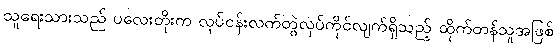
သူရေးသားသည် ပလေးတိုးက လုပ်ငန်းလက်တွဲလုပ်ကိုင်လျက်ရှိသည့် ထိုက်တန်သူအဖြစ်